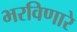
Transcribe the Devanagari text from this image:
भरविणारे